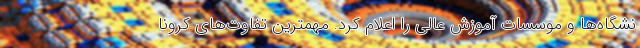
نشگاه‌ها و موسسات آموزش عالی را اعلام کرد. مهمترین تفاوت‌های کرونا